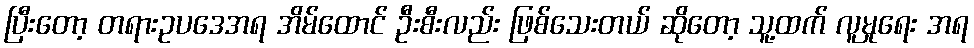
ပြီးတော့ တရားဥပဒေအရ အိမ်ထောင် ဦးစီးလည်း ဖြစ်သေးတယ် ဆိုတော့ သူ့ထက် လူမှုရေး အရ